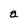
Character: a